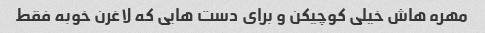
مهره هاش خیلی کوچیکن و برای دست هایی که لاغرن خوبه فقط